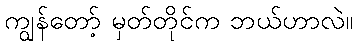
ကျွန်တော့် မှတ်တိုင်က ဘယ်ဟာလဲ။